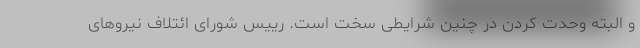
و البته وحدت کردن در چنین شرایطی سخت است. رییس شورای ائتلاف نیروهای